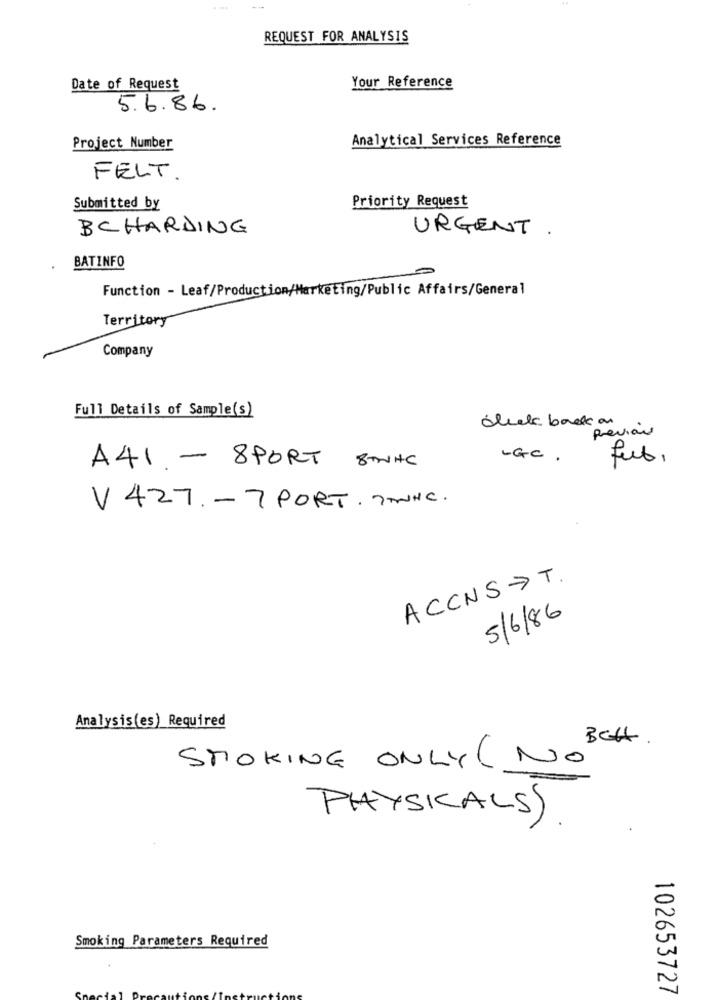
REQUEST FOR ANALYSIS
Your Reference
Date of Request
5.6.86.
Analytical Services Reference
Project Number
FELT.
Priority Request
Submitted by
BCHARDING
URGENT .
BATINFO
Function - Leaf/Production/Marketing/Public Affairs/General
Territory
Company
Full Details of Sample(s)
click back on
Previous
- Ge .
A41 - 8PORT 8THE
V 427. - 7 PORT. TWHC.
ACCNS >T.
5/6/86
Analysis(es) Required
Bett .
STOKING ONLY ( NO
PHYSICALS).
Smoking Parameters Required
102653727